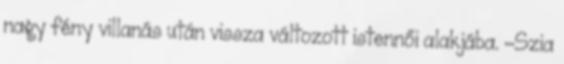
nagy fény villanás után vissza változott istennői alakjába. -Szia